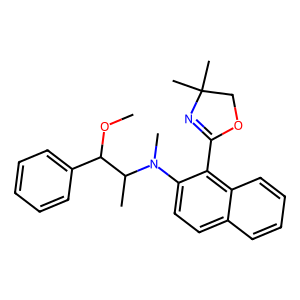
SMILES: COC(c1ccccc1)C(C)N(C)c1ccc2ccccc2c1C1=NC(C)(C)CO1
Inhibits HIV replication: No